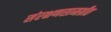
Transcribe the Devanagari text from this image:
संरक्षणसामग्रीत